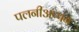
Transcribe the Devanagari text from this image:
पलनीअप्पन